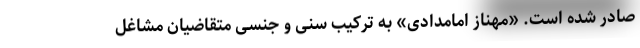
صادر شده است. «مهناز امامدادی» به ترکیب سنی و جنسی متقاضیان مشاغل